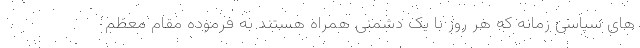
های سیاسی زمانه که هر روز با یک دشمنی همراه هستند به فرموده مقام معظم